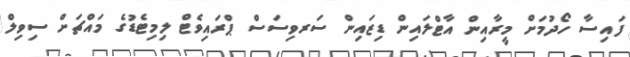
ފައިސާ ހޯދުމަށް މީރާއިން އާޓްލައިން ޑިޒައިން ސަރވިސަސް ޕްރައިވެޓް ލިމިޓެޑުގެ މައްޗަށް ސިވިލް